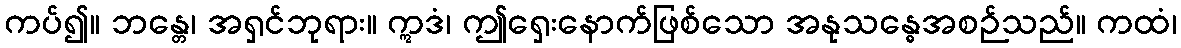
ကပ်၍။ ဘန္တေ၊ အရှင်ဘုရား။ ဣဒံ၊ ဤရှေးနောက်ဖြစ်သော အနုသန္ဓေအစဉ်သည်။ ကထံ၊